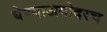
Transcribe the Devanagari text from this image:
घेण्याअगोदरच